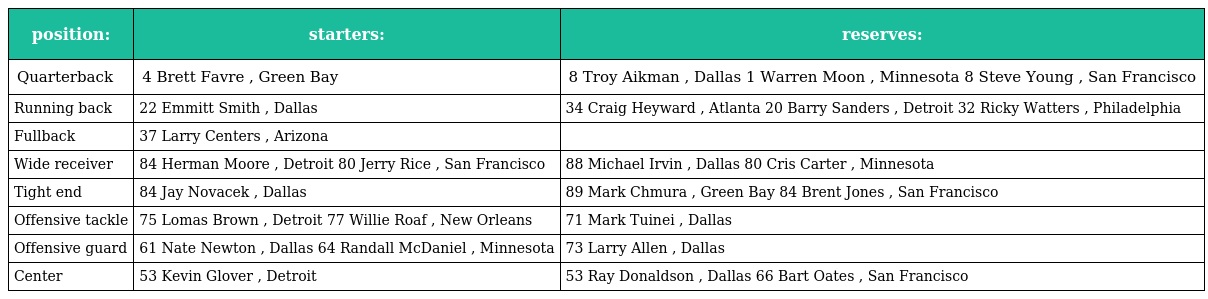
| position: | starters: | reserves: |
 | --- | --- | --- |
 | Quarterback | 4 Brett Favre , Green Bay | 8 Troy Aikman , Dallas 1 Warren Moon , Minnesota 8 Steve Young , San Francisco |
 | Running back | 22 Emmitt Smith , Dallas | 34 Craig Heyward , Atlanta 20 Barry Sanders , Detroit 32 Ricky Watters , Philadelphia |
 | Fullback | 37 Larry Centers , Arizona |  |
 | Wide receiver | 84 Herman Moore , Detroit 80 Jerry Rice , San Francisco | 88 Michael Irvin , Dallas 80 Cris Carter , Minnesota |
 | Tight end | 84 Jay Novacek , Dallas | 89 Mark Chmura , Green Bay 84 Brent Jones , San Francisco |
 | Offensive tackle | 75 Lomas Brown , Detroit 77 Willie Roaf , New Orleans | 71 Mark Tuinei , Dallas |
 | Offensive guard | 61 Nate Newton , Dallas 64 Randall McDaniel , Minnesota | 73 Larry Allen , Dallas |
 | Center | 53 Kevin Glover , Detroit | 53 Ray Donaldson , Dallas 66 Bart Oates , San Francisco |